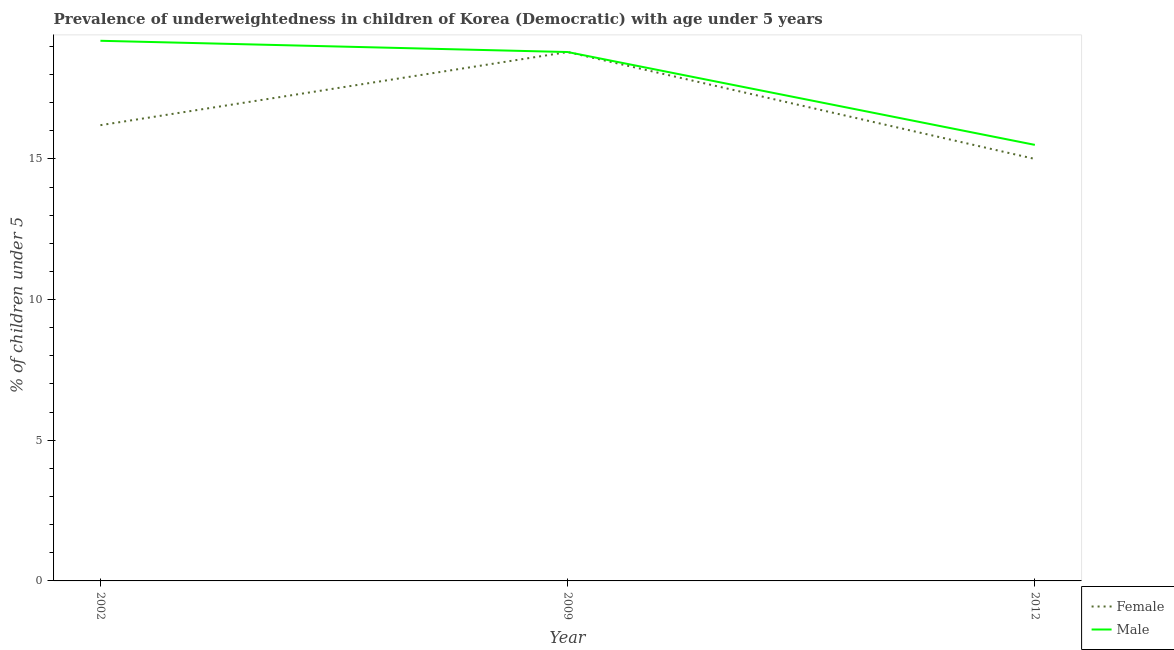
| Year | Female | Male |
 | --- | --- | --- |
 | 2002 | 16.2 | 19.2 |
 | 2009 | 18.8 | 18.8 |
 | 2012 | 15 | 15.5 |